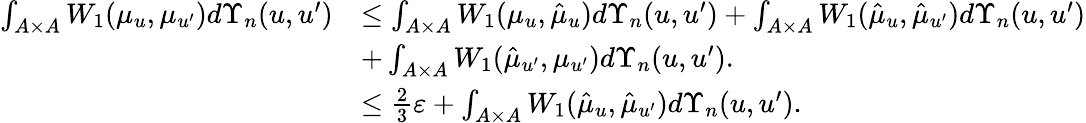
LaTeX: \begin{array}{rl}{\int_{A\times A}W_{1}(\mu_{u},\mu_{u^{\prime}})d\Upsilon_{n}(u,u^{\prime})}&{\leq\int_{A\times A}W_{1}(\mu_{u},\hat{\mu}_{u})d\Upsilon_{n}(u,u^{\prime})+\int_{A\times A}W_{1}(\hat{\mu}_{u},\hat{\mu}_{u^{\prime}})d\Upsilon_{n}(u,u^{\prime})}\\ &{+\int_{A\times A}W_{1}(\hat{\mu}_{u^{\prime}},\mu_{u^{\prime}})d\Upsilon_{n}(u,u^{\prime}).}\\ &{\leq\frac{2}{3}\varepsilon+\int_{A\times A}W_{1}(\hat{\mu}_{u},\hat{\mu}_{u^{\prime}})d\Upsilon_{n}(u,u^{\prime}).}\end{array}